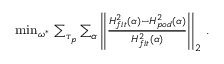
\begin{array} { r } { \operatorname* { m i n } _ { \omega ^ { * } } \, \sum _ { \tau _ { p } } \sum _ { \alpha } \left| \left| \frac { H _ { f i t } ^ { 2 } ( \alpha ) - H _ { p o d } ^ { 2 } ( \alpha ) } { H _ { f i t } ^ { 2 } ( \alpha ) } \right| \right| _ { 2 } \, . } \end{array}